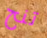
تنح